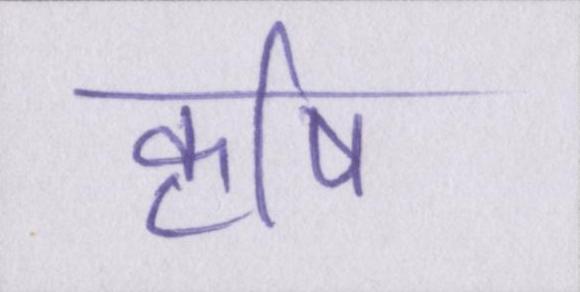
कॄषि